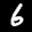
Label: 6